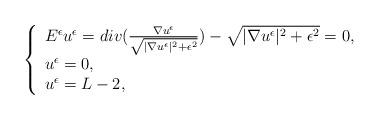
LaTeX: \begin{align*}\left\{ \begin{array}{ll} E^\epsilon u^\epsilon= div(\frac{\nabla u^\epsilon}{\sqrt{|\nabla u^\epsilon|^2 +\epsilon^2}})-\sqrt{|\nabla u^\epsilon|^2 +\epsilon^2}=0, & \\ u^\epsilon =0 , & \\ u^\epsilon =L-2, & \end{array}\right.\end{align*}